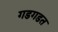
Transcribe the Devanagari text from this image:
गडगडत